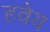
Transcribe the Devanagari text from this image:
हवेय